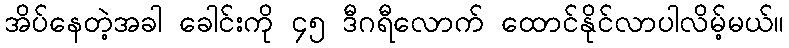
အိပ်နေတဲ့အခါ ခေါင်းကို ၄၅ ဒီဂရီလောက် ထောင်နိုင်လာပါလိမ့်မယ်။